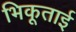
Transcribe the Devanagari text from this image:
भिकूताई